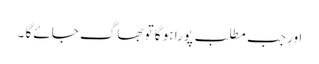
اور جب مطلب پورا ہو گا تو بھاگ جائے گا ۔